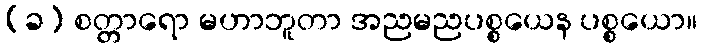
(ခ) စတ္တာရော မဟာဘူတာ အညမညပစ္စယေန ပစ္စယော။